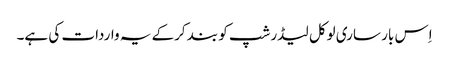
اِس بار ساری لوکل لیڈرشپ کو بند کرکے یہ واردات کی ہے۔